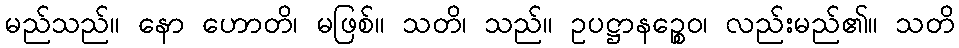
မည်သည်။ နော ဟောတိ၊ မဖြစ်။ သတိ၊ သည်။ ဥပဋ္ဌာနဉ္စေဝ၊ လည်းမည်၏။ သတိ